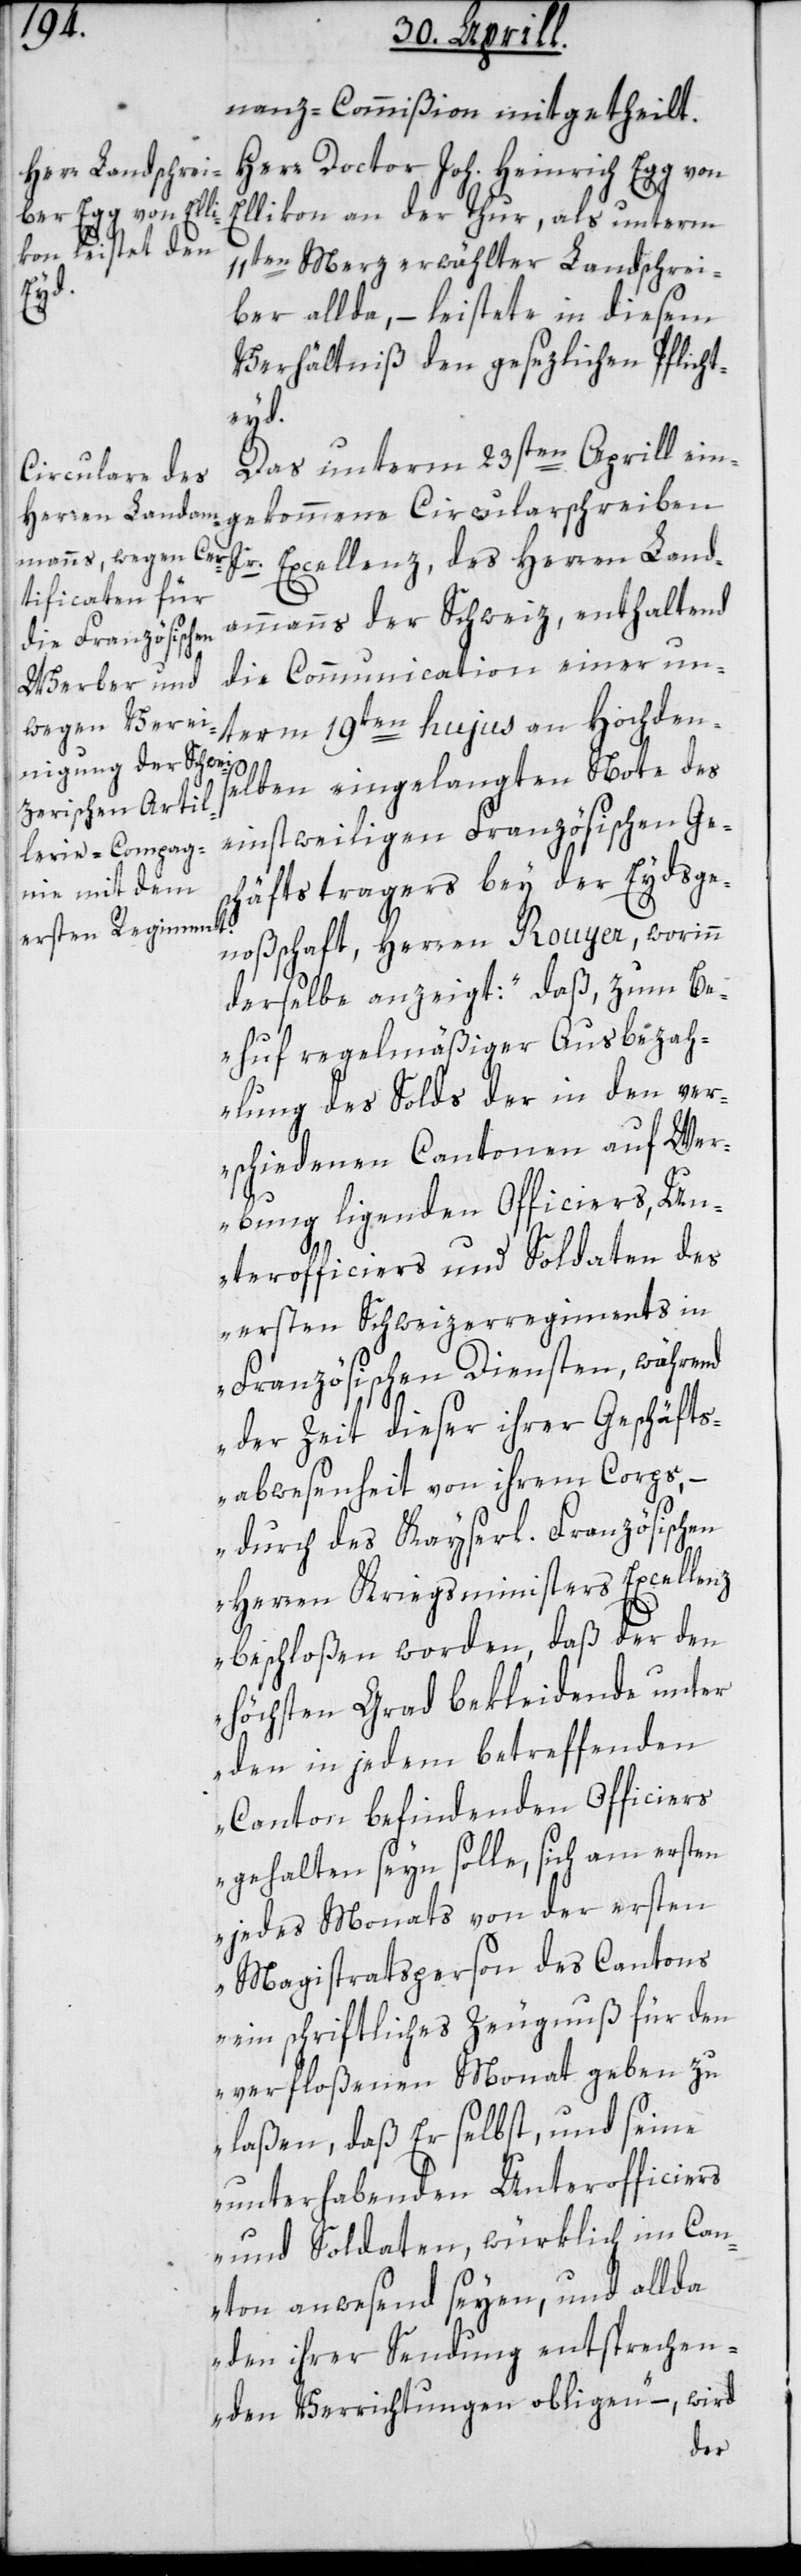
nanz-Commißion, mitgetheilt.
Herr Doctor Joh. Heinrich Egg von
Ellikon an der Thur, als unterm
11ten Merz erwählter Landschrei¬
ber allda, – leistete in diesem
Verhältniß den gesezlichen Pflicht¬
eyd.
Das unterm 23sten Aprill ein¬
gekommene Circularschreiben
Herren Land¬
ammanns der Schweiz, enthaltend
die Communication einer un¬
term 19ten hujus an Hochden¬
selben eingelangten Note des
einstweiligen Französischen Ge¬
schäftstragers bey der Eydsge¬
noßschaft, Herren Rouyer, worinn
derselbe anzeigt: „daß zum Be¬
huf regelmäßiger Ausbezah¬
lung des Solds der in den ver¬
schiedenen Cantonen auf Wer¬
bung liegenden Officiers, Un¬
terofficiers und Soldaten des
ersten Schweizerregiments in
Französischen Diensten, während
der Zeit dieser ihrer Geschäfts¬
abwesenheit von ihrem Corps, –
durch des Kayserl. Französischen
Herren Kriegsministers Excellenz
beschloßen worden, daß der den
höchsten Grad bekleidende unter
den in jedem betreffenden
Canton befindenden Officiers
gehalten seyn solle, sich am ersten
jedes Monats von der ersten
Magistratsperson des Cantons
ein schriftliches Zeugnuß für den
verfloßenen Monat geben zu
laßen, daß er selbst und seine
unterhabenden Unterofficiers
und Soldaten, würklich im Can¬
ton anwesend seyen, und allda
den ihrer Sendung entsprechen¬
den Verrichtungen obliegen“, – wird